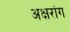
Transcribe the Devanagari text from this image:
अक्षरांग